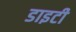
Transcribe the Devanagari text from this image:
डाइटी